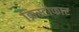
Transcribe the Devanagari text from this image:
क्रिस्टोफार